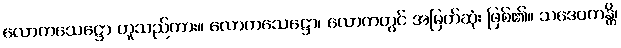
လောကသေဋ္ဌော ဟူသည်ကား။ လောကသေဋ္ဌော၊ လောကတွင် အမြတ်ဆုံး ဖြစ်၏။ သဒေဝကန္တိ၊